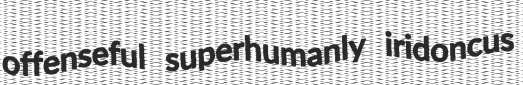
offenseful superhumanly iridoncus